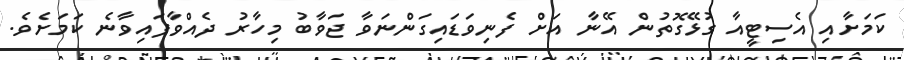
ކަމަށާއި އެސިޓީއާ ގުޅޭގޮތުން އޭނާ އަށް ފެނިވަޑައިގަންނަވާ ޖަވާބު މިހާރު ދެއްވާފައިވާނެ ކަމަށެވެ.